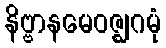
နိဗ္ဗာနမေဝဇ္ဈဂမုံ